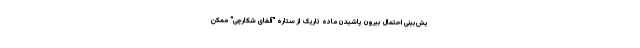
یش‌بینی احتمال بیرون پاشیدن ماده تاریک از ستاره "آلفای شکارچی" ممکن